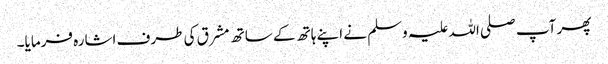
پھر آپ صلی اللہ علیہ وسلم نے اپنے ہاتھ کے ساتھ مشرق کی طرف اشارہ فرمایا۔